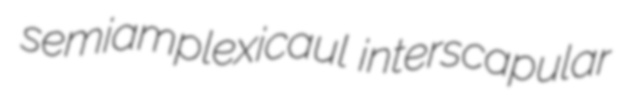
semiamplexicaul interscapular